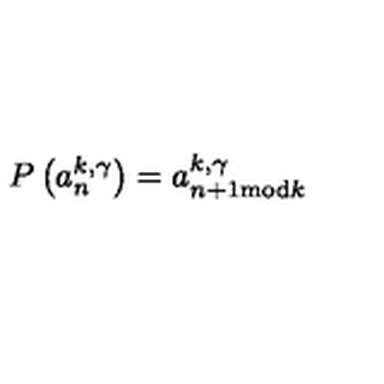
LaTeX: P \left( a _ { n } ^ { k , \gamma } \right) = a _ { n + 1 \mathrm { m o d } k } ^ { k , \gamma }